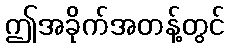
ဤအခိုက်အတန့်တွင်